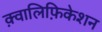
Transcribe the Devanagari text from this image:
क़्वालिफ़िकेशन